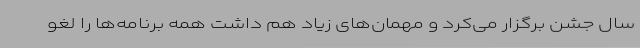
سال جشن برگزار می‌کرد و مهمان‌های زیاد هم داشت همه برنامه‌ها را لغو